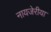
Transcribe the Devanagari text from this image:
नायजेरीया